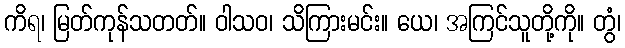
ကိရ၊ မြတ်ကုန်သတတ်။ ဝါသဝ၊ သိကြားမင်း။ ယေ၊ အကြင်သူတို့ကို။ တွံ၊